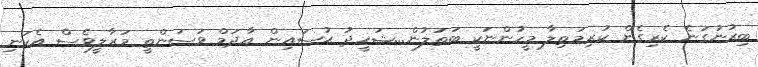
ބިރުނުގަނެ ކެރިގެން ކުރިމަތިލާ މީހުންނަކީ ބަތަލުން...ޝަހީދު ޙުސައިން އާދަމް ވަސަންތީ މަރާލީވެސް އެކަނި